Report of the Indian Hemp Drugs Commission, 1894-1895 - Volume I
Year: 1894
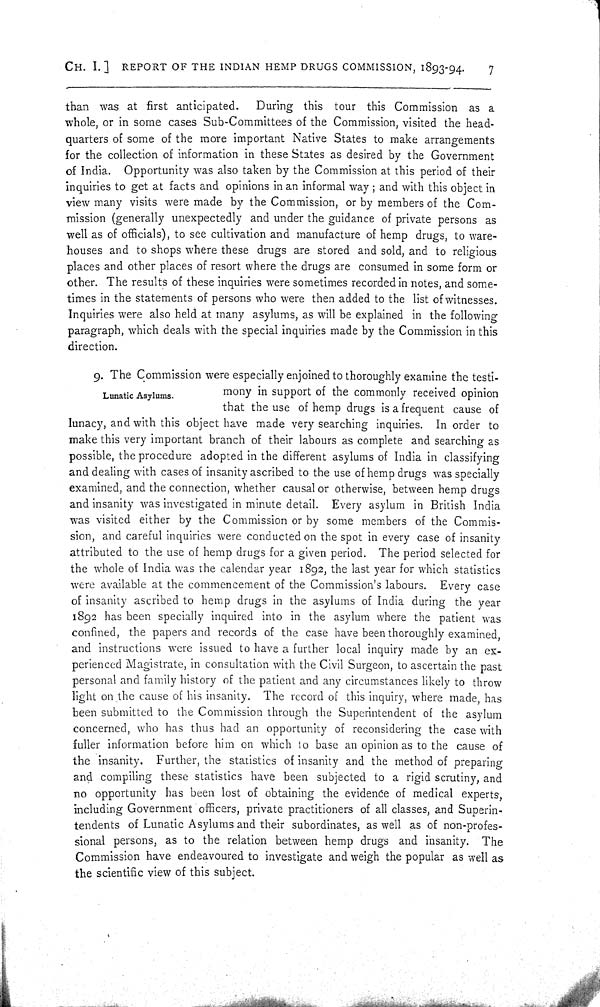
CH. I.] REPORT OF THE INDIAN HEMP DRUGS COMMISSION, 1893-94.
7
than was at first anticipated.
During this tour this Commission as a
whole, or in some cases Sub-Committees of the Commission, visited the head-
quarters of some of the more important Native States to make arrangements
for the collection of information in these States as desired by the Government
of India. Opportunity was also taken by the Commission at this period of their
inquiries to get at facts and opinions in an informal way; and with this object in
view many visits were made by the Commission, or by members of the Com-
mission (generally unexpectedly and under the guidance of private persons as
well as of officials), to see cultivation and manufacture of hemp drugs, to ware-
houses and to shops where these drugs are stored and sold, and to religious
places and other places of resort where the drugs are consumed in some form or
other. The results of these inquiries were sometimes recorded in notes, and some-
times in the statements of persons who were then added to the list of witnesses.
Inquiries were also held at many asylums, as will be explained in the following
paragraph, which deals with the special inquiries made by the Commission in this
direction.
Lunatic Asylums.
9. The Commission were especially enjoined to thoroughly examine the testi-
mony in support of the commonly received opinion
that the use of hemp drugs is a frequent cause of
lunacy, and with this object have made very searching inquiries. In order to
make this very important branch of their labours as complete and searching as
possible, the procedure adopted in the different asylums of India in classifying
and dealing with cases of insanity ascribed to the use of hemp drugs was specially
examined, and the connection, whether causal or otherwise, between hemp drugs
and insanity was investigated in minute detail. Every asylum in British India
was visited either by the Commission or by some members of the Commis-
sion, and careful inquiries were conducted on the spot in every case of insanity
attributed to the use of hemp drugs for a given period. The period selected for
the whole of India was the calendar year 1892, the last year for which statistics
were available at the commencement of the Commission's labours. Every case
of insanity ascribed to hemp drugs in the asylums of India during the year
1892 has been specially inquired into in the asylum where the patient was
confined, the papers and records of the case have been thoroughly examined,
and instructions were issued to have a further local inquiry made by an ex-
perienced Magistrate, in consultation with the Civil Surgeon, to ascertain the past
personal and family history of the patient and any circumstances likely to throw
light on the cause of his insanity. The record of this inquiry, where made, has
been submitted to the Commission through the Superintendent of the asylum
concerned, who has thus had an opportunity of reconsidering the case with
fuller information before him on which to base an opinion as to the cause of
the insanity. Further, the statistics of insanity and the method of preparing
and compiling these statistics have been subjected to a rigid scrutiny, and
no opportunity has been lost of obtaining the evidence of medical experts,
including Government officers, private practitioners of all classes, and Superin-
tendents of Lunatic Asylums and their subordinates, as well as of non-profes-
sional persons, as to the relation between hemp drugs and insanity. The
Commission have endeavoured to investigate and weigh the popular as well as
the scientific view of this subject.